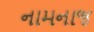
નામનાજ